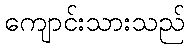
ကျောင်းသားသည်